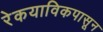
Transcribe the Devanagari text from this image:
रेकयाविकपासून